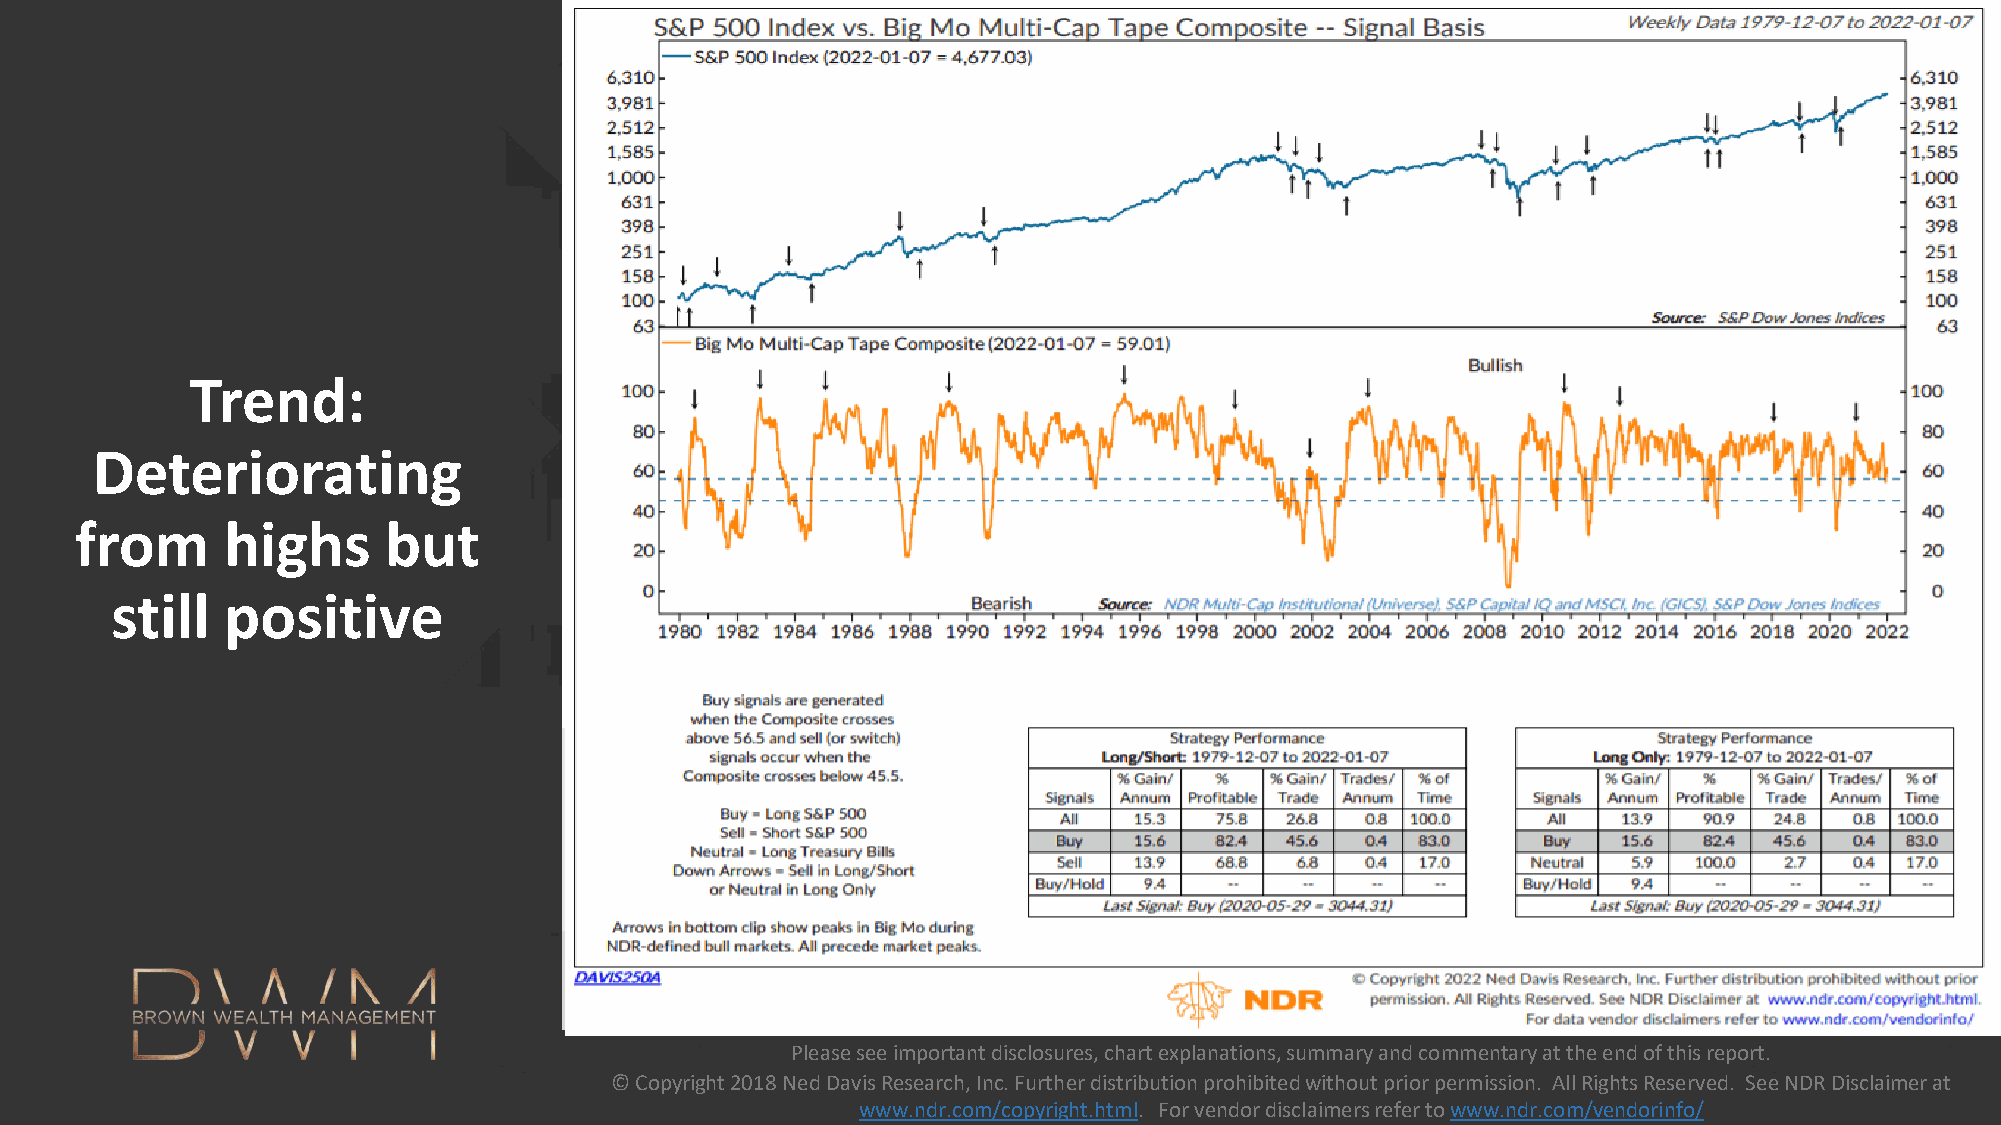
Trend:
 Deteriorating
 from      highs     but
 still   positive
 Please see important disclosures, chart explanations, summary and commentary at the end of this report.
 Please see important disclosures, chart explanations, © Copyright 2018 Ned Davis Research, Inc. Further distribution prohibited without prior permission. All Rights Reserved. See NDR Disclaimer at
 summary and commentary at the end of this report.      www.ndr.com/copyright.html. For vendor disclaimers refer to www.ndr.com/vendorinfo/